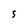
Character: 5